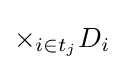
\times _{i\in t_{j}}D_{i}